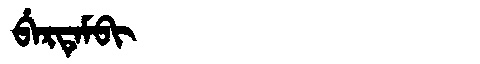
Manchu: ᠪᡝᡵᡨᡝᠮᠪᡳ
Romanization: BERTEMBI